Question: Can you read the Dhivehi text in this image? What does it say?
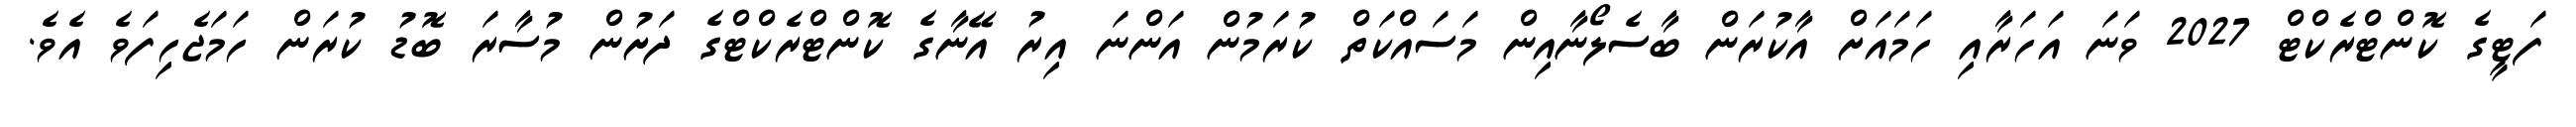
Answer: ފަޓީގެ ކޮންޓްރެކްޓް 2027 ވަނަ އަހަރާއި ހަމައަށް އާކުރަން ބާސެލޯނާއިން މަސައްކަތް ކުރަމުން އަންނަ އިރު އޭނާގެ ކޮންޓްރެކްޓްގެ ދަށުން މުސާރަ ބޮޑު ކުރަން ހަމަޖެހިފަވެ އެވެ.